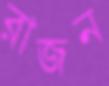
রাজন